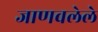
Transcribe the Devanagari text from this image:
जाणवलेले